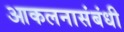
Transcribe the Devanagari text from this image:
आकलनासंबंधी